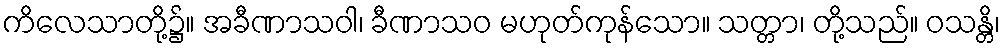
ကိလေသာတို့၌။ အခီဏာသဝါ၊ ခီဏာသဝ မဟုတ်ကုန်သော။ သတ္တာ၊ တို့သည်။ ဝသန္တိ၊